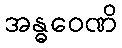
အန္ဓဝေဏိ